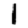
Digit: 1